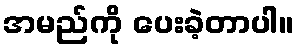
အမည်ကို ပေးခဲ့တာပါ။